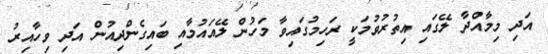
އަދި މިމާއްދާ ލޭގައި އިތުރުވުމަކީ ރަހިމުގައިވާ މަހުން ލޭއައުމާއި ބައިގެންދިއުން އަދި ވިހާއިރު